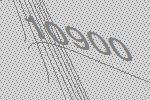
10900